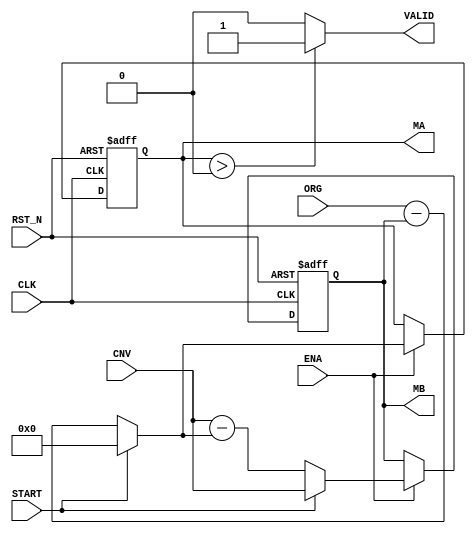
/*
 * Copyright (C)2006-2015 AQUAXIS TECHNOLOGY.
 *  Don't remove this header. 
 * When you use this source, there is a need to inherit this header.
 *
 * License
 *  For no commercial -
 *   License:     The Open Software License 3.0
 *   License URI: http://www.opensource.org/licenses/OSL-3.0
 *
 *  For commmercial -
 *   License:     AQUAXIS License 1.0
 *   License URI: http://www.aquaxis.com/licenses
 *
 * For further information please contact.
 *	URI:    http://www.aquaxis.com/
 */
module aq_calc_size(
	input			RST_N,
	input			CLK,
	input			ENA,
	input			START,
	input [10:0]	ORG,
	input [10:0]	CNV,
	output			VALID,
	output [10:0]	MA,
	output [10:0]	MB
);

wire [10:0]	next_ma, next_mb;
reg [10:0]	reg_ma, reg_mb;

assign next_ma[10:0] = (START)?11'd0:ORG-reg_mb;
assign next_mb[10:0] = (START)?CNV:CNV-next_ma;

always @(posedge CLK or negedge RST_N) begin
	if(!RST_N) begin
		reg_ma	<= 11'd0;
		reg_mb	<= 11'd0;
	end else begin
		if( ENA ) begin
			reg_ma	<= next_ma;
			reg_mb	<= next_mb;
		end;
	end
end

assign MA		= reg_ma;
assign MB		= reg_mb;
assign VALID	= (reg_ma > 11'd0)?1'b1:1'b0;

endmodule